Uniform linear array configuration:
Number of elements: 8
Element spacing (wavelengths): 0.5
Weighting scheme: exponential
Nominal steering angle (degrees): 15
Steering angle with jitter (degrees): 13.503
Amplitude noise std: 0.05
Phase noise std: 0.05

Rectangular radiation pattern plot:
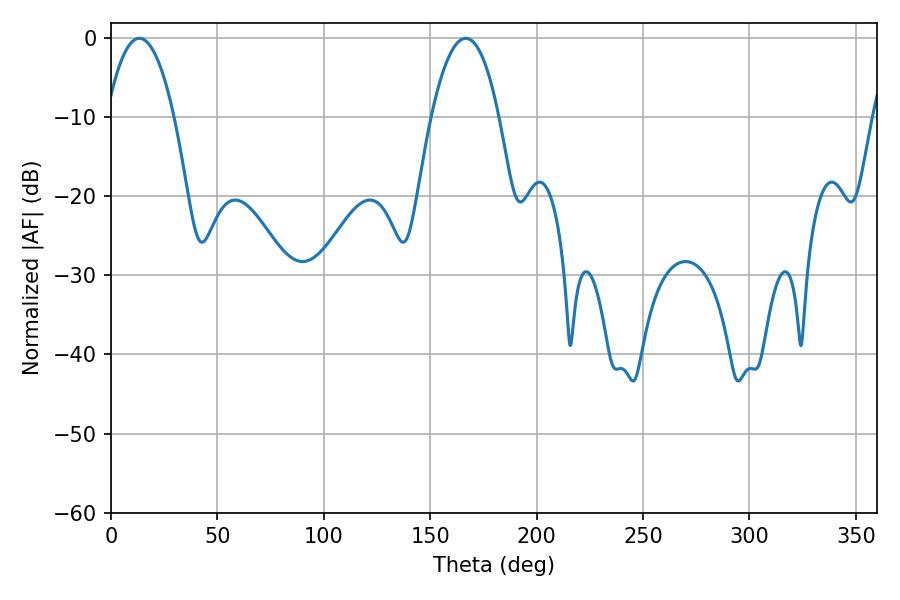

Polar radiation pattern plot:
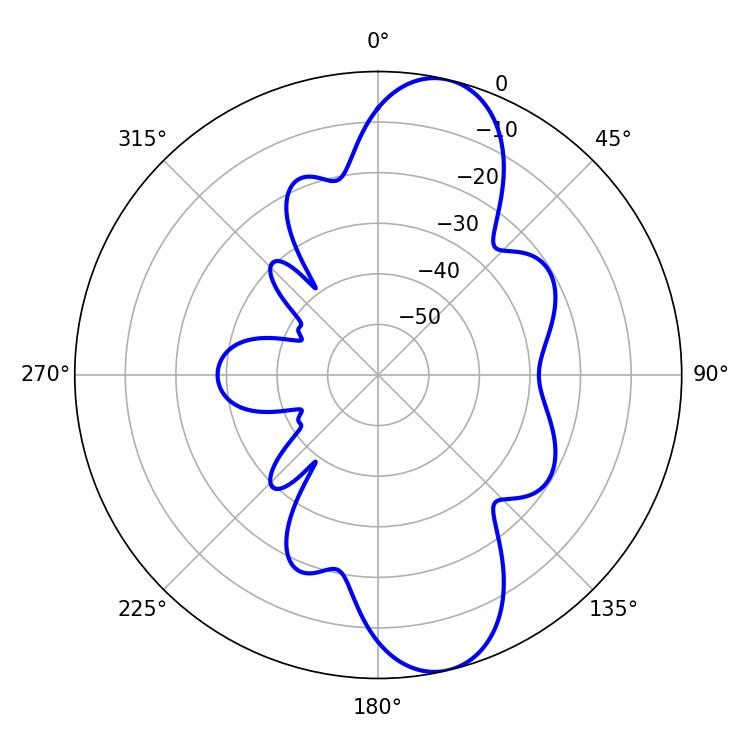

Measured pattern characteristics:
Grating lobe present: FALSE
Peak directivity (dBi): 11.078
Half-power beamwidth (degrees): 17.64
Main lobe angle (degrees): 13.32